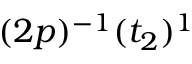
( 2 p ) ^ { - 1 } ( t _ { 2 } ) ^ { 1 }